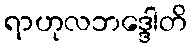
ရာဟုလဘဒ္ဒေါတိ